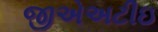
જીએઅટીઇ